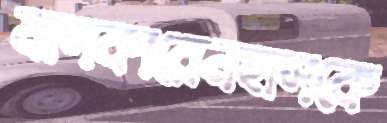
মাসকারেনহাসকে